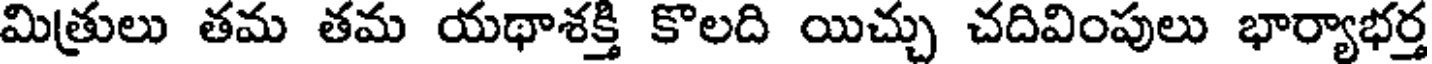
మిత్రులు తమ తమ యథాశక్తి కొలది యిచ్చు చదివింపులు భార్యాభర్త